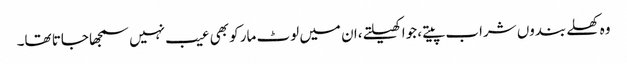
وہ کھلے بندوں شراب پیتے، جوا کھیلتے،ان میں لوٹ مار کو بھی عیب نہیں سمجھا جاتا تھا۔